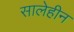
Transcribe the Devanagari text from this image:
सालेहीन